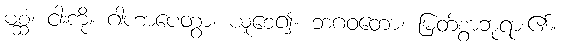
မစ္ဆံ၊ ငါးကို။ ဂါဟာပေတွာ၊ ယူစေ၍။ ဘဂဝတော၊ မြတ်စွာဘုရား၏။